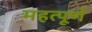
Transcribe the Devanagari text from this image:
महत्‍पूर्ण